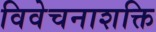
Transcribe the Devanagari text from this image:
विवेचनाशक्ति